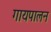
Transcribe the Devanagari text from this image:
गायपालन